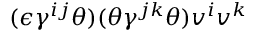
( \epsilon \gamma ^ { i j } \theta ) ( \theta \gamma ^ { j k } \theta ) v ^ { i } v ^ { k }